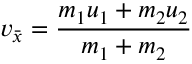
\ v _ { \bar { x } } = { \frac { m _ { 1 } u _ { 1 } + m _ { 2 } u _ { 2 } } { m _ { 1 } + m _ { 2 } } }